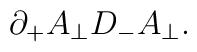
\partial_+A_\perp D_-A_\perp.